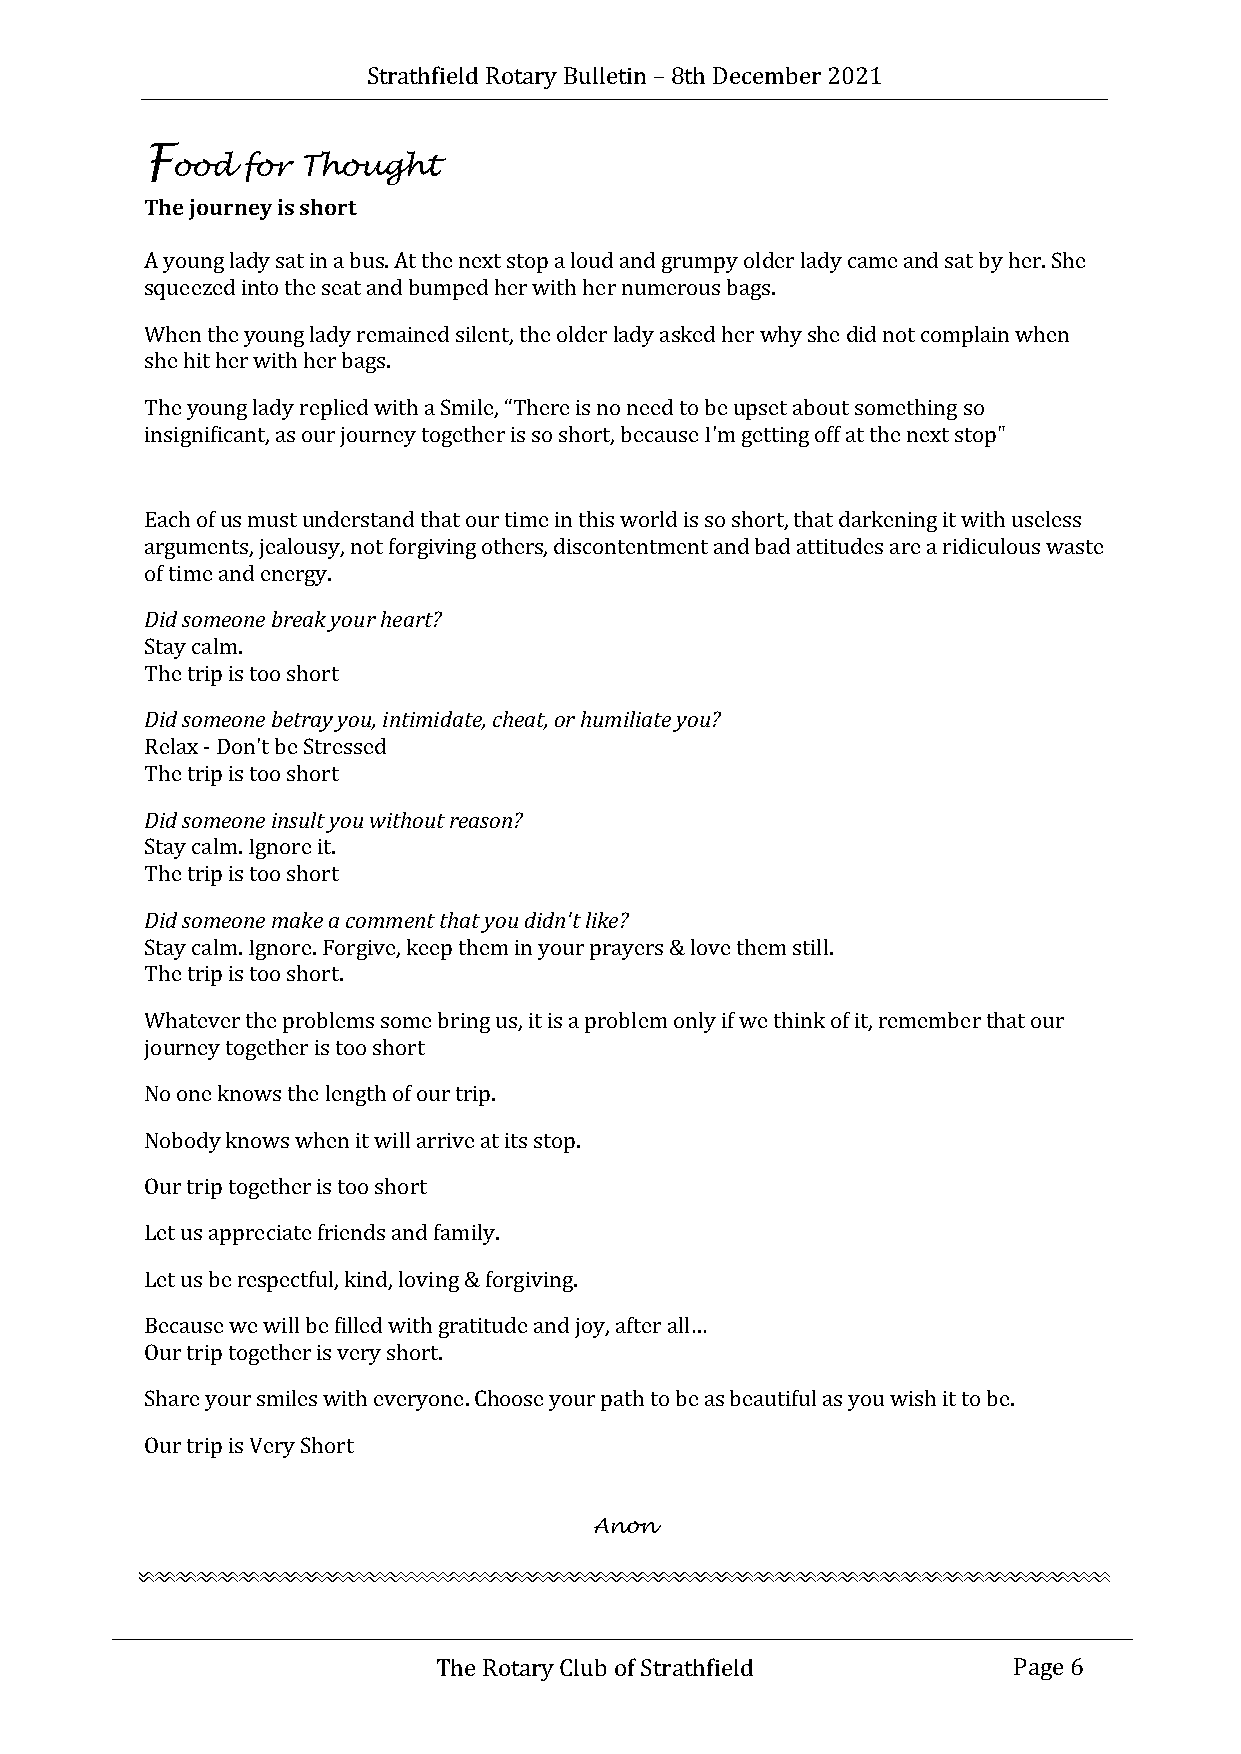
Strathfield Rotary Bulletin – 8th December 2021
 F
 ood  for Thought
 The journey is short
 A young lady sat in a bus. At the next stop a loud and grumpy older lady came and sat by her. She
 squeezed into the seat and bumped her with her numerous bags.
 When the young lady remained silent, the older lady asked her why she did not complain when
 she hit her with her bags.
 The young lady replied with a Smile, “There is no need to be upset about something so
 insignificant, as our journey together is so short, because I'm getting off at the next stop"
 Each of us must understand that our time in this world is so short, that darkening it with useless
 arguments, jealousy, not forgiving others, discontentment and bad attitudes are a ridiculous waste
 of time and energy.
 Did someone break your heart?
 Stay calm.
 The trip is too short
 Did someone betray you, intimidate, cheat, or humiliate you?
 Relax - Don't be Stressed
 The trip is too short
 Did someone insult you without reason?
 Stay calm. Ignore it.
 The trip is too short
 Did someone make a comment that you didn't like?
 Stay calm. Ignore. Forgive, keep them in your prayers & love them still.
 The trip is too short.
 Whatever the problems some bring us, it is a problem only if we think of it, remember that our
 journey together is too short
 No one knows the length of our trip.
 Nobody knows when it will arrive at its stop.
 Our trip together is too short
 Let us appreciate friends and family.
 Let us be respectful, kind, loving & forgiving.
 Because we will be filled with gratitude and joy, after all…
 Our trip together is very short.
 Share your smiles with everyone. Choose your path to be as beautiful as you wish it to be.
 Our trip is Very Short
 Anon
 The Rotary Club of Strathfield        Page 6